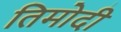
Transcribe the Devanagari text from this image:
तिमोदी